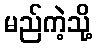
မည်ကဲ့သို့